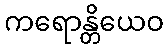
ကရောန္တိယေဝ